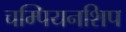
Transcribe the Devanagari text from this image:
चम्पियनशिप